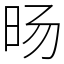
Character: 旸